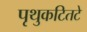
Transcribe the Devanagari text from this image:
पृथुकटितटे